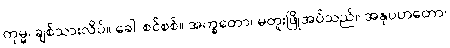
ကုမ္မ၊ ချစ်သားလိပ်။ ခေါ၊ စင်စစ်။ အက္ခတော၊ မတူးဖြိုအပ်သည်။ အနုပဟတော၊